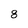
Character: 8